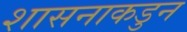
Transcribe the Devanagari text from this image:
शासनाकडुन